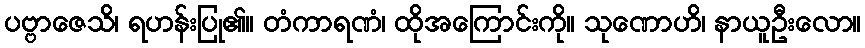
ပဗ္ဗာဇေသိ၊ ရဟန်းပြု၏။ တံကာရဏံ၊ ထိုအကြောင်းကို။ သုဏောဟိ၊ နာယူဦးလော။